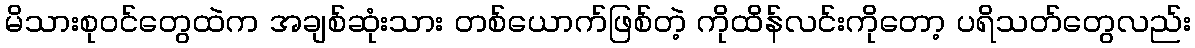
မိသားစုဝင်တွေထဲက အချစ်ဆုံးသား တစ်ယောက်ဖြစ်တဲ့ ကိုထိန်လင်းကိုတော့ ပရိသတ်တွေလည်း